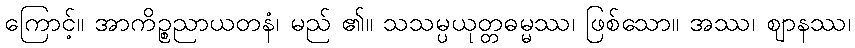
ကြောင့်။ အာကိဉ္စညာယတနံ၊ မည် ၏။ သသမ္ပယုတ္တဓမ္မဿ၊ ဖြစ်သော။ အဿ၊ ဈာနဿ၊